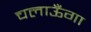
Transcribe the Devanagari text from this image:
चलाऊँगा